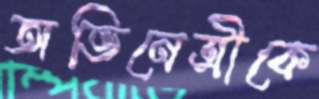
অভিনেত্রীকে